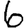
Digit: 6